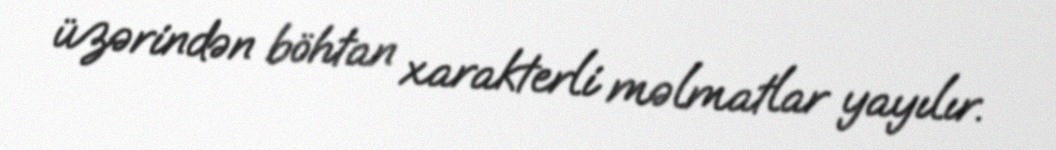
üzərindən böhtan xarakterli məlmatlar yayılır.